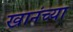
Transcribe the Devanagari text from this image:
खानंच्या